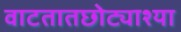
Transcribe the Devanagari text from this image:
वाटतातछोट्याश्या